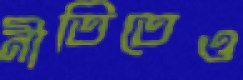
নীতিতেও